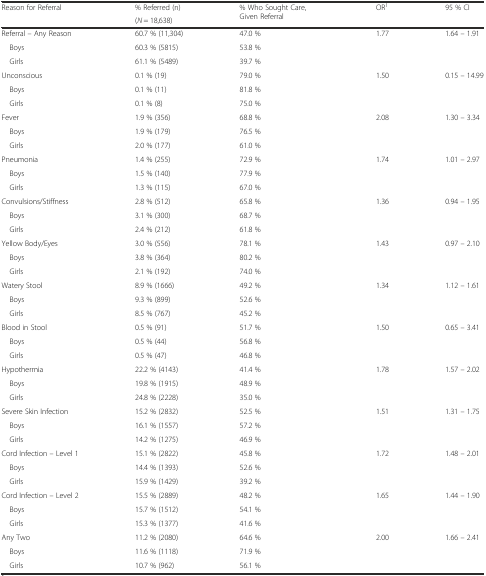
<table><thead><tr><td rowspan="2"><b>Reason for Referral</b></td><td><b>% Referred (n)</b></td><td rowspan="2"><b>% Who Sought Care, Given Referral</b></td><td rowspan="2"><b>OR<sup>1</sup></b></td><td rowspan="2"><b>95 % CI</b></td></tr><tr><td><b>(<i>N</i> = 18,638)</b></td></tr></thead><tbody><tr><td>Referral – Any Reason</td><td>60.7 % (11,304)</td><td>47.0 %</td><td rowspan="3">1.77</td><td rowspan="3">1.64 – 1.91</td></tr><tr><td> Boys</td><td>60.3 % (5815)</td><td>53.8 %</td></tr><tr><td> Girls</td><td>61.1 % (5489)</td><td>39.7 %</td></tr><tr><td>Unconscious</td><td>0.1 % (19)</td><td>79.0 %</td><td rowspan="3">1.50</td><td rowspan="3">0.15 – 14.99</td></tr><tr><td> Boys</td><td>0.1 % (11)</td><td>81.8 %</td></tr><tr><td> Girls</td><td>0.1 % (8)</td><td>75.0 %</td></tr><tr><td>Fever</td><td>1.9 % (356)</td><td>68.8 %</td><td rowspan="3">2.08</td><td rowspan="3">1.30 – 3.34</td></tr><tr><td> Boys</td><td>1.9 % (179)</td><td>76.5 %</td></tr><tr><td> Girls</td><td>2.0 % (177)</td><td>61.0 %</td></tr><tr><td>Pneumonia</td><td>1.4 % (255)</td><td>72.9 %</td><td rowspan="3">1.74</td><td rowspan="3">1.01 – 2.97</td></tr><tr><td> Boys</td><td>1.5 % (140)</td><td>77.9 %</td></tr><tr><td> Girls</td><td>1.3 % (115)</td><td>67.0 %</td></tr><tr><td>Convulsions/Stiffness</td><td>2.8 % (512)</td><td>65.8 %</td><td rowspan="3">1.36</td><td rowspan="3">0.94 – 1.95</td></tr><tr><td> Boys</td><td>3.1 % (300)</td><td>68.7 %</td></tr><tr><td> Girls</td><td>2.4 % (212)</td><td>61.8 %</td></tr><tr><td>Yellow Body/Eyes</td><td>3.0 % (556)</td><td>78.1 %</td><td rowspan="3">1.43</td><td rowspan="3">0.97 – 2.10</td></tr><tr><td> Boys</td><td>3.8 % (364)</td><td>80.2 %</td></tr><tr><td> Girls</td><td>2.1 % (192)</td><td>74.0 %</td></tr><tr><td>Watery Stool</td><td>8.9 % (1666)</td><td>49.2 %</td><td rowspan="3">1.34</td><td rowspan="3">1.12 – 1.61</td></tr><tr><td> Boys</td><td>9.3 % (899)</td><td>52.6 %</td></tr><tr><td> Girls</td><td>8.5 % (767)</td><td>45.2 %</td></tr><tr><td>Blood in Stool</td><td>0.5 % (91)</td><td>51.7 %</td><td rowspan="3">1.50</td><td rowspan="3">0.65 – 3.41</td></tr><tr><td> Boys</td><td>0.5 % (44)</td><td>56.8 %</td></tr><tr><td> Girls</td><td>0.5 % (47)</td><td>46.8 %</td></tr><tr><td>Hypothermia</td><td>22.2 % (4143)</td><td>41.4 %</td><td rowspan="3">1.78</td><td rowspan="3">1.57 – 2.02</td></tr><tr><td> Boys</td><td>19.8 % (1915)</td><td>48.9 %</td></tr><tr><td> Girls</td><td>24.8 % (2228)</td><td>35.0 %</td></tr><tr><td>Severe Skin Infection</td><td>15.2 % (2832)</td><td>52.5 %</td><td rowspan="3">1.51</td><td rowspan="3">1.31 – 1.75</td></tr><tr><td> Boys</td><td>16.1 % (1557)</td><td>57.2 %</td></tr><tr><td> Girls</td><td>14.2 % (1275)</td><td>46.9 %</td></tr><tr><td>Cord Infection – Level 1</td><td>15.1 % (2822)</td><td>45.8 %</td><td rowspan="3">1.72</td><td rowspan="3">1.48 – 2.01</td></tr><tr><td> Boys</td><td>14.4 % (1393)</td><td>52.6 %</td></tr><tr><td> Girls</td><td>15.9 % (1429)</td><td>39.2 %</td></tr><tr><td>Cord Infection – Level 2</td><td>15.5 % (2889)</td><td>48.2 %</td><td rowspan="3">1.65</td><td rowspan="3">1.44 – 1.90</td></tr><tr><td> Boys</td><td>15.7 % (1512)</td><td>54.1 %</td></tr><tr><td> Girls</td><td>15.3 % (1377)</td><td>41.6 %</td></tr><tr><td>Any Two</td><td>11.2 % (2080)</td><td>64.6 %</td><td rowspan="3">2.00</td><td rowspan="3">1.66 – 2.41</td></tr><tr><td> Boys</td><td>11.6 % (1118)</td><td>71.9 %</td></tr><tr><td> Girls</td><td>10.7 % (962)</td><td>56.1 %</td></tr></tbody></table>